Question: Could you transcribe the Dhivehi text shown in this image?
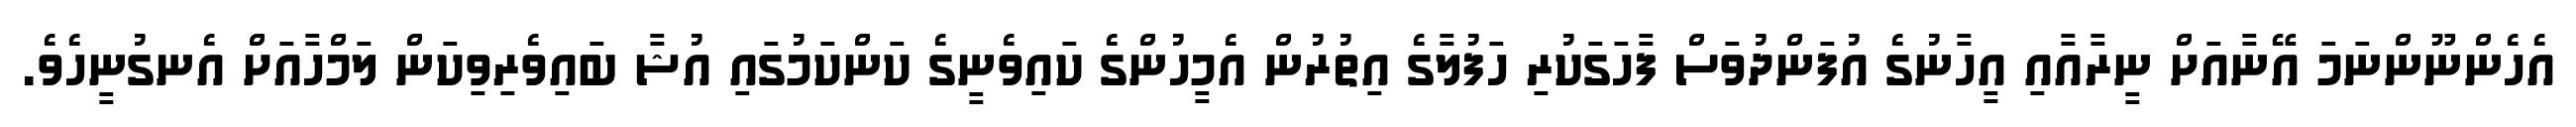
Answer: އެހެންނޫންނަމަ އޭނާއަށް ނީރާއާއި އީހާނުގެ އުފަންދުވަސް ފާހަގަކުރި ހަފުލާގެ އިތުރުން އެމީހުންގެ ކައިވެނީގެ ކަންކަމުގައި އުޝާ ބައިވެރިވިކަން ލަމްހާއަށް އެނގުނީހެވެ.